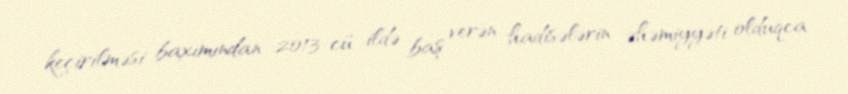
keçirilməsi baxımından 2013-cü ildə baş verən hadisələrin əhəmiyyəti olduqca